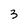
Character: 3